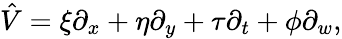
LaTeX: \hat{V}=\xi\partial_{x}+\eta\partial_{y}+\tau\partial_{t}+\phi\partial_{w},